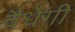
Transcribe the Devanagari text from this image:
वैधेगी